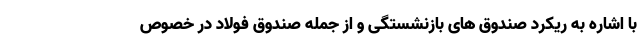
با اشاره به ریکرد صندوق های بازنشستگی و از جمله صندوق فولاد در خصوص